Report of the Hyderabad Chloroform Commission
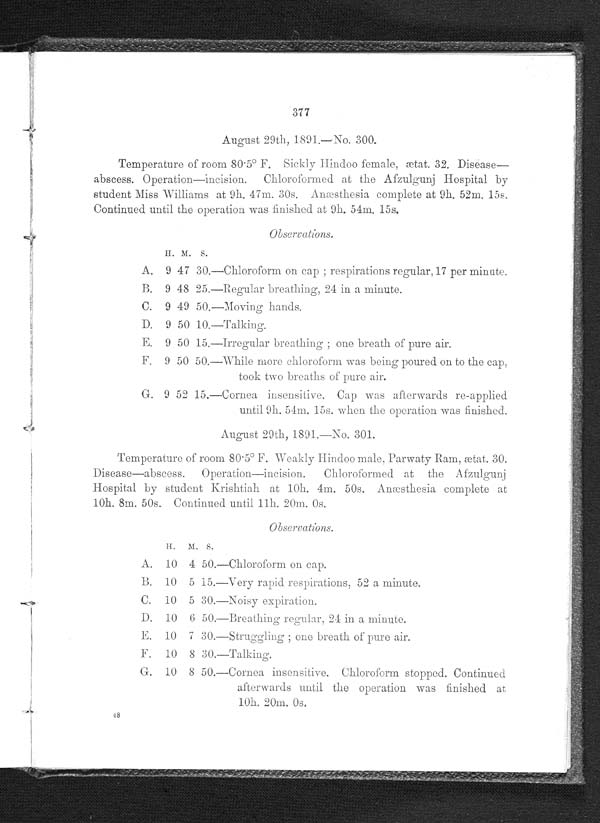
377
August 29th, 1891.—No. 300.
Temperature of room 80.5° F. Sickly Hindoo female, ætat. 32. Disease
— a b s c e s s . O p e r a t i o n — i n c i s i o n . C h l o r o f o r m e d a t t h e A f z u l g u n j H o s p i t a l b y
student Miss Williams at 9h. 47m. 30s. Anæsthesia complete at 9h. 52m. 15s.
Continued until the operation was finished at 9h. 54m. 15s.
Observations.
H . M . S
.
A. 9 47 30.—Chloroform on cap ; respirations regular, 17 per minute.
B. 9 48 25.—Regular breathing, 24 in a minute.
C. 9 49 50.—Moving hands.
D. 9 50 10.—Talking.
E. 9 50 15.—Irregular breathing ; one breath of pure air.
F. 9 50 50.—While more chloroform was being poured on to the cap,
took two breaths of pure air.
G. 9 52 15.—Cornea insensitive. Cap was afterwards re-applied
until 9h. 54m. 15s. when the operation was finished.
August 29th, 1891.—No. 301.
Temperature of room 80 . 5° F. Weakly Hindoo male, Parwaty Ram, ætat. 30.
Disease—abscess. Operation—incision. Chloroformed at the Afzulgunj
Hospital by student Krishtiah at 10h. 4m. 50s. Anæsthesia complete at
10h. 8m. 50s. Continued until 11h. 20m. 0s.
.
H .
M .
S
.
A. 10 4 50.—Chloroform on cap.
B. 10 5 15.—Very rapid respirations, 52 a minute.
C. 10 5 30.—Noisy expiration.
D . 1 0 6 5 0 . — B r e a t h i n g r e g u l a r , 2 4 i n a m i n u t e .
F. 10 7 30.—Struggling ; one breath of pure air.
F. 10 8 30.—Talking.
G. 10 8 50.—Cornea insensitive. Chloroform stopped. Continued
afterwards until the operation was finished at
10h. 20m. 0s. 4 8